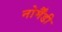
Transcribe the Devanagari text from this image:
नोर्मैंडी